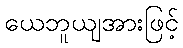
ယေဘူယျအားဖြင့်